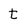
Character: t